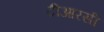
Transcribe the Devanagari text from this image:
टीआरसी